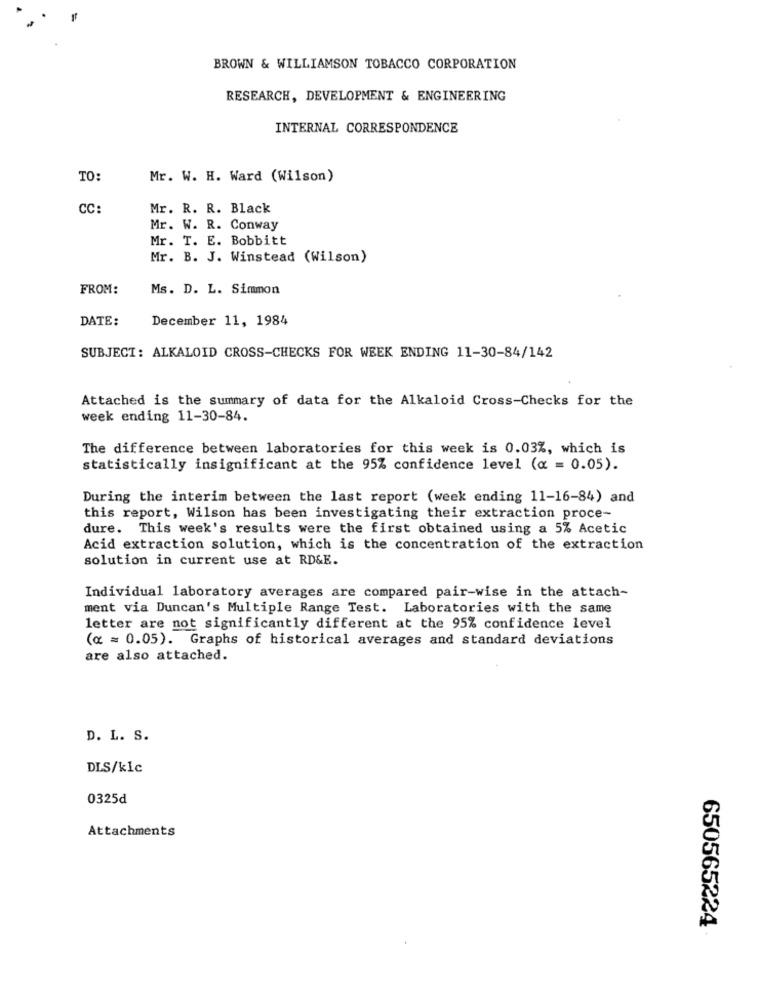
BROWN & WILLIAMSON TOBACCO CORPORATION
RESEARCH, DEVELOPMENT & ENGINEERING
INTERNAL CORRESPONDENCE
TO:
Mr. W. H. Ward (Wilson)
CC:
Mr. R. R. Black
Mr. W. R. Conway
Mr. T. E. Bobbitt
Mr. B. J. Winstead (Wilson)
FROM:
Ms. D. L. Simmon
DATE:
December 11, 1984
SUBJECT: ALKALOID CROSS-CHECKS FOR WEEK ENDING 11-30-84/142
Attached is the summary of data for the Alkaloid Cross-Checks for the
week ending 11-30-84.
The difference between laboratories for this week is 0.03%, which is
statistically insignificant at the 95% confidence level (a = 0.05).
During the interim between the last report (week ending 11-16-84) and
this report, Wilson has been investigating their extraction proce-
dure. This week's results were the first obtained using a 5% Acetic
Acid extraction solution, which is the concentration of the extraction
solution in current use at RD&E.
Individual laboratory averages are compared pair-wise in the attach-
ment via Duncan's Multiple Range Test. Laboratories with the same
letter are not significantly different at the 95% confidence level
(« = 0.05). Graphs of historical averages and standard deviations
are also attached.
D. L. S.
DLS/klc
0325d
Attachments
650565224